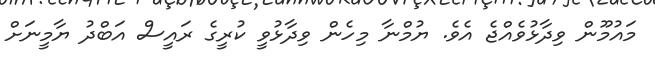
މައުމޫން ވިދާޅުވެއްޖެ އެވެ. ޔުމްނާ މިހެން ވިދާޅުވީ ކުރީގެ ރައީސް އަބްދު ޔާމީނަށް